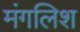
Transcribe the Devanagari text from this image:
मंगलिश